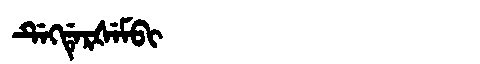
Manchu: ᡩᡝᡴᡩᡝᡵᡧᡝᠮᠪᡳ
Romanization: DEKDERŠEMBI